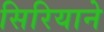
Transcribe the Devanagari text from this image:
सिरियाने